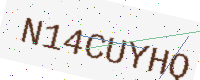
Text: N14CUYHQ